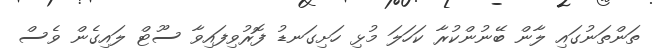
ތަންތަނުގައި ލާން ބޭނުންކުރާ ކަހަލަ މުޅި ހަށިގަނޑު ފޮރުވިފައިވާ ސޫޓް ލައިގެން ވެސް